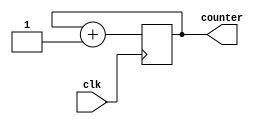
module ring_counter (
    input wire clk,
    output reg [3:0] counter
);

always @(posedge clk) begin
    counter <= counter + 1;
end

endmodule